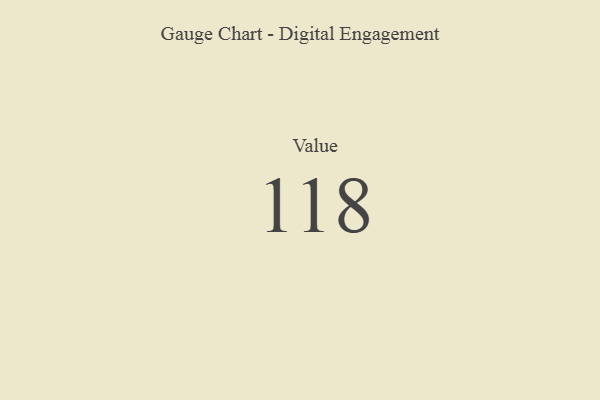
{"axis": {"x": "Metric", "y": "Value"}, "legend": [""], "data": [{"x": "Value", "y": 118, "type": ""}]}